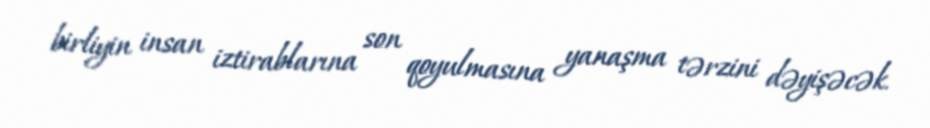
birliyin insan iztirablarına son qoyulmasına yanaşma tərzini dəyişəcək.